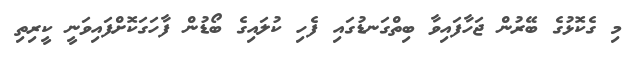
މި ގެކޮޅުގެ ބޭރުން ޖަހާފައިވާ ބިތްގަނޑުގައި ފެހި ކުލައިގެ ބޯޑުން ފާހަގަކޮށްފައިވަނީ ކީރިތި